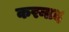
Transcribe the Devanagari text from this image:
करनाद